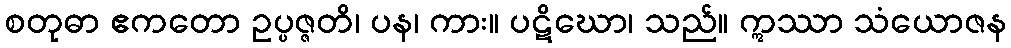
စတုဓာ ဧကတော ဥပ္ပဇ္ဇတိ၊ ပန၊ ကား။ ပဋိဃော၊ သည်။ ဣဿာ သံယောဇန